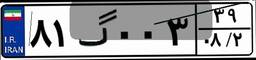
۸۱گ۰۰۳۳۹